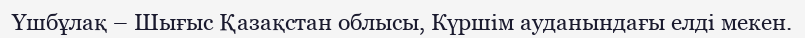
Үшбұлақ – Шығыс Қазақстан облысы, Күршім ауданындағы елді мекен.